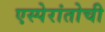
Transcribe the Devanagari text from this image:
एस्पेरांतोची